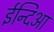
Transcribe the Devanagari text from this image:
ईन्दिआ